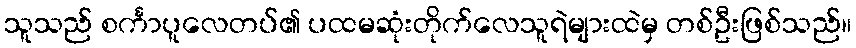
သူသည် စင်္ကာပူလေတပ်၏ ပထမဆုံးတိုက်လေသူရဲများထဲမှ တစ်ဦးဖြစ်သည်။